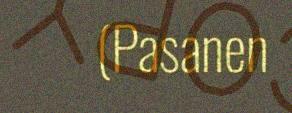
(Pasanen